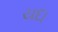
યદા